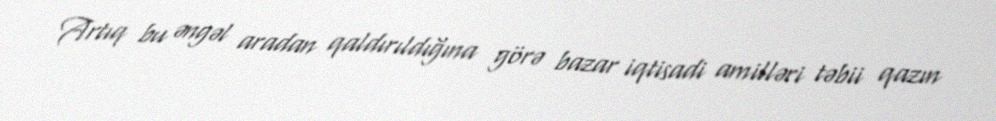
Artıq bu əngəl aradan qaldırıldığına görə bazar iqtisadi amilləri təbii qazın